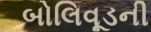
બોલિવૂડની